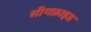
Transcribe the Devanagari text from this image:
सीगफ्राइड